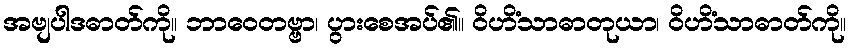
အဗျပါဒဓာတ်ကို။ ဘာဝေတဗ္ဗာ၊ ပွားစေအပ်၏။ ဝိဟိံသာဓာတုယာ၊ ဝိဟိံသာဓာတ်ကို။